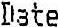
DATE